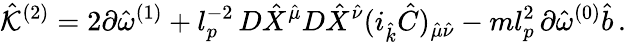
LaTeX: {\hat{\cal K}}^{(2)}=2\partial{\hat{\omega}}^{(1)}+l_{p}^{-2}\, D{\hat{X}}^{\hat{\mu}}D{\hat{X}}^{\hat{\nu}}(i_{\hat{k}}{\hat{C}})_{{\hat{\mu}}{\hat{\nu}}}-ml_{p}^{2}\, \partial{\hat{\omega}}^{(0)}{\hat{b}}\, .